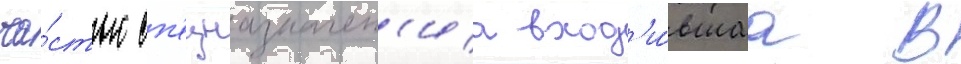
ча́стью сп'ецназначен'иа вход'и́вшаа в